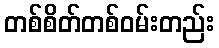
တစ်စိတ်တစ်ဝမ်းတည်း